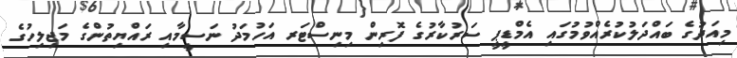
މިއަދުގެ ބައްދަލުކުރެއްވުމުގައި އެމްޑީޕީ ސަރުކާރުގެ ފޮރިން މިނިސްޓަރ އަހުމަދު ނަސީމާއި ރައްޔިތުންގެ މަޖިލިހުގެ